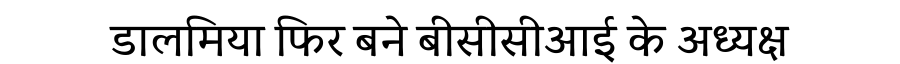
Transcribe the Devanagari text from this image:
डालमिया फिर बने बीसीसीआई के अध्यक्ष